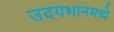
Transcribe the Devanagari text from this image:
उदयभानमध्ये